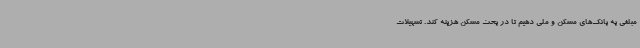
مبلغی به بانک‌های مسکن و ملی دهیم تا در بحث مسکن هزینه کند. تسهیلات